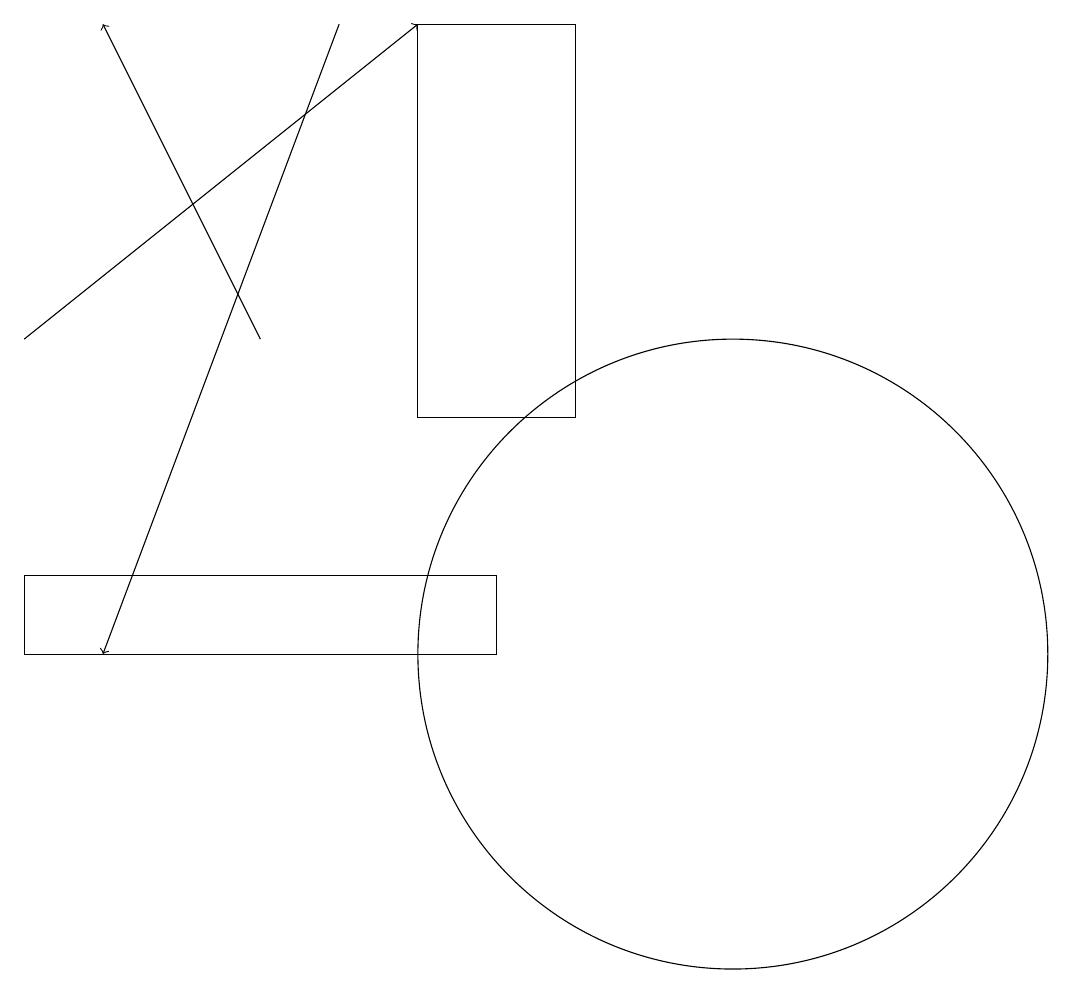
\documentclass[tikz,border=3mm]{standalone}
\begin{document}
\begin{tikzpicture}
\draw[->] (5,18) -- (2,10);
\draw (10,10) circle (4);
\draw (7,10) rectangle (1,11);
\draw[->] (1,14) -- (6,18);
\draw[->] (4,14) -- (2,18);
\draw (6,13) rectangle (8,18);
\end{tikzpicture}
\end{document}